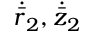
\dot { \bar { r } } _ { 2 } , \dot { \bar { z } } _ { 2 }